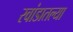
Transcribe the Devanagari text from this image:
रवांडातल्‍या